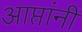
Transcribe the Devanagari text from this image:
आप्तांनीं